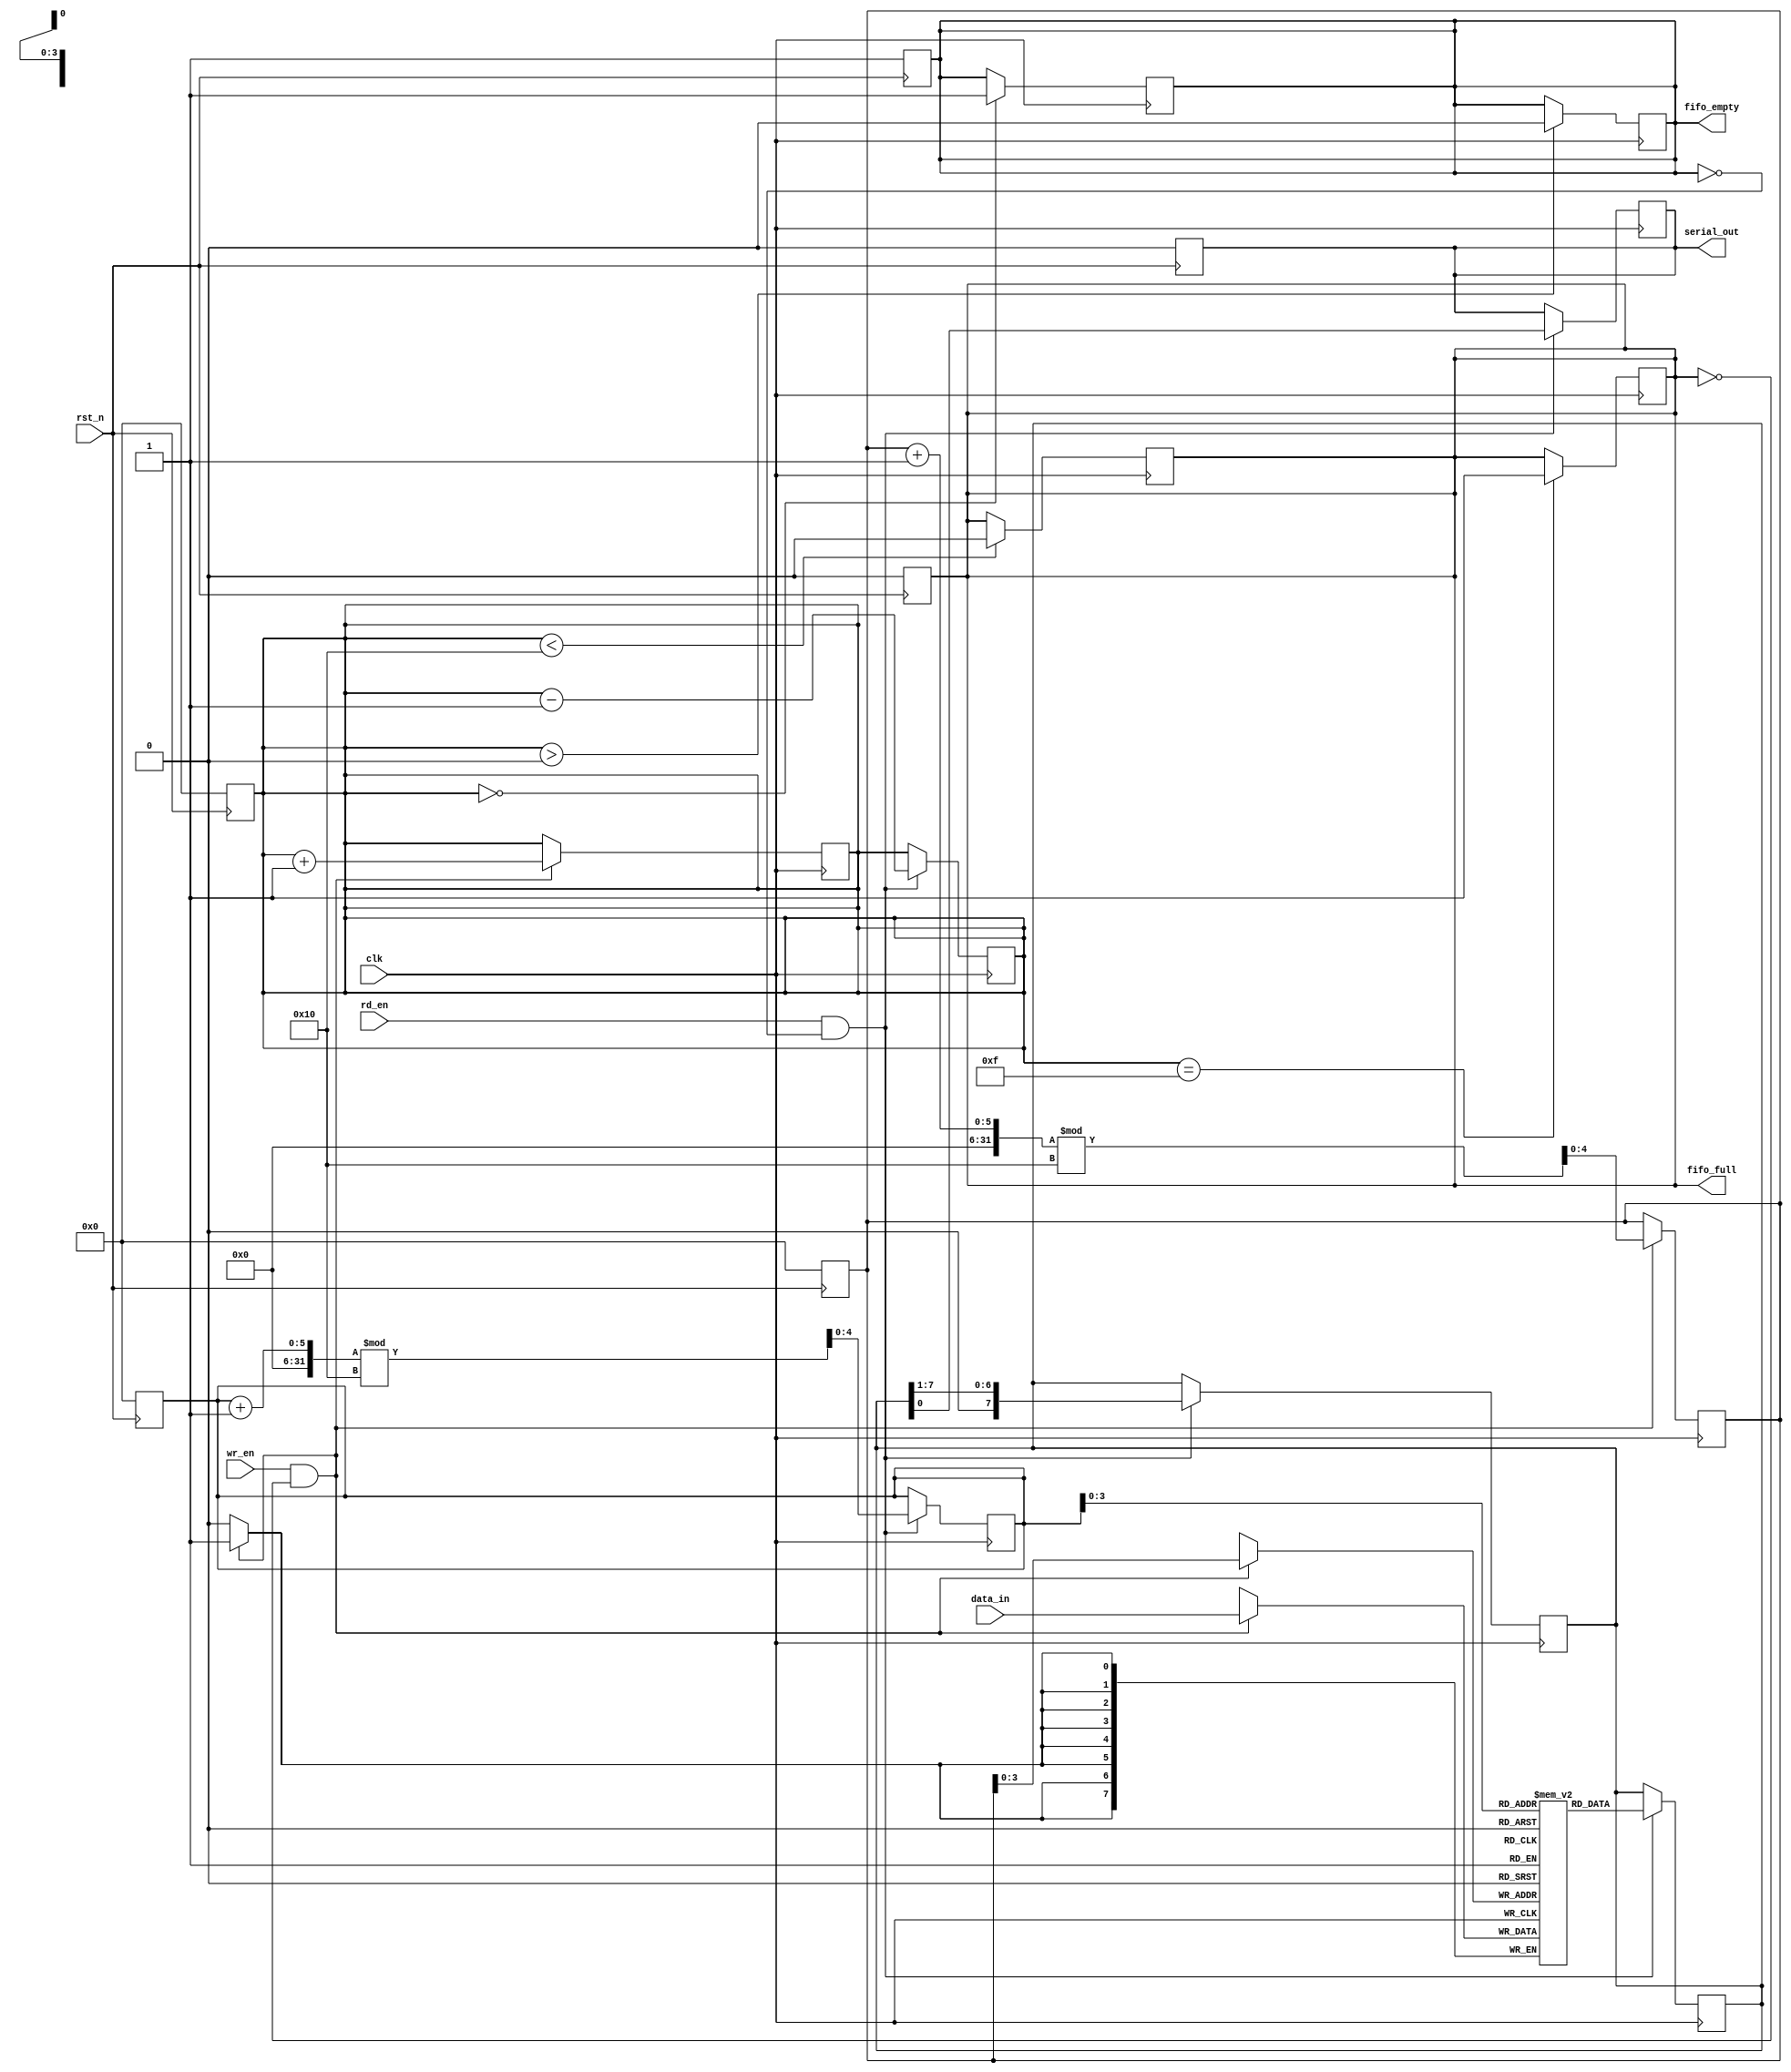
module fifo_piso #(
    parameter DATA_WIDTH = 8,
    parameter FIFO_DEPTH = 16
) (
    input wire clk,
    input wire rst_n,
    input wire wr_en,
    input wire rd_en,
    input wire [DATA_WIDTH-1:0] data_in,
    output reg serial_out,
    output reg fifo_full,
    output reg fifo_empty
);

    reg [DATA_WIDTH-1:0] fifo_reg [0:FIFO_DEPTH-1]; // FIFO Storage
    reg [4:0] wr_ptr; // Write pointer
    reg [4:0] rd_ptr; // Read pointer
    reg [4:0] count;   // Number of elements in FIFO
    reg [DATA_WIDTH-1:0] shift_reg; // Shift register for serial output

    // Asynchronous Reset
    always @(negedge rst_n) begin
        wr_ptr <= 0;
        rd_ptr <= 0;
        count <= 0;
        fifo_full <= 1'b0;
        fifo_empty <= 1'b1;
        serial_out <= 1'b0;
    end

    // Write Logic
    always @(posedge clk) begin
        if (wr_en && !fifo_full) begin
            fifo_reg[wr_ptr] <= data_in; // Store data in FIFO
            wr_ptr <= (wr_ptr + 1) % FIFO_DEPTH; // Update write pointer
            count <= count + 1; // Increment count
        end
        if (count == FIFO_DEPTH - 1) begin
            fifo_full <= 1'b1;
        end
        if (count > 0) begin
            fifo_empty <= 1'b0;
        end
    end

    // Read Logic
    always @(posedge clk) begin
        if (rd_en && !fifo_empty) begin
            shift_reg <= fifo_reg[rd_ptr]; // Load data from FIFO to shift register
            rd_ptr <= (rd_ptr + 1) % FIFO_DEPTH; // Update read pointer
            count <= count - 1; // Decrement count
        end
        if (count == 0) begin
            fifo_empty <= 1'b1;
        end
        if (count < FIFO_DEPTH) begin
            fifo_full <= 1'b0;
        end
    end

    // Serial Output Logic
    always @(posedge clk) begin
        if (rd_en && !fifo_empty) begin
            serial_out <= shift_reg[0]; // Shift out the least significant bit
            shift_reg <= {1'b0, shift_reg[DATA_WIDTH-1:1]}; // Shift right
        end
    end

endmodule